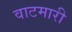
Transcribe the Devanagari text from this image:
वाटमारी